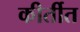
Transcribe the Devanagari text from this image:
कीर्तीत